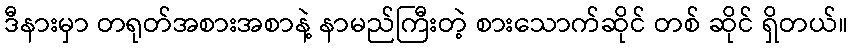
ဒီနားမှာ တရုတ်အစားအစာနဲ့ နာမည်ကြီးတဲ့ စားသောက်ဆိုင် တစ် ဆိုင် ရှိတယ်။